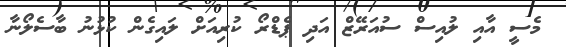
މެސީ އާއި ލުއިސް ސުއަރޭޒް އަދި ޕެޑްރޯ ކުރިއަށް ލައިގެން ކުޅުނު ބާސެލޯނާ